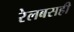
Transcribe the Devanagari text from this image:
रेलबसही